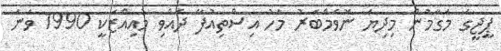
ޕީޖީގެ މަގާމުން މިދިޔަ ނޮވެމްބަރު މަހު އިސްތިއުފާ ދެއްވި މުއިއްޒަކީ 1990 ވަނަ